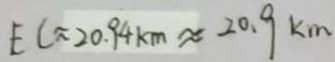
E C \approx 2 0 . 9 4 k m \approx 2 0 . 9 k m